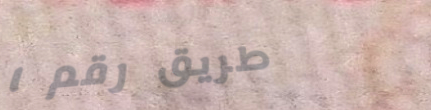
طريق رقم ١